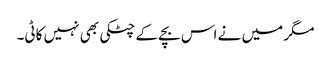
مگر میں نے اس بچے کے چٹکی بھی نہیں کاٹی۔